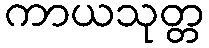
ကာယသုတ္တ